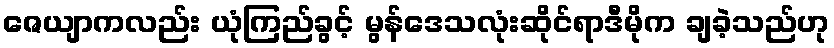
ဇေယျာကလည်း ယုံကြည်ခွင့် မွန်ဒေသလုံးဆိုင်ရာဒီမိုက ချခဲ့သည်ဟု